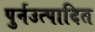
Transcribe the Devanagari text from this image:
पुर्नउत्पादित